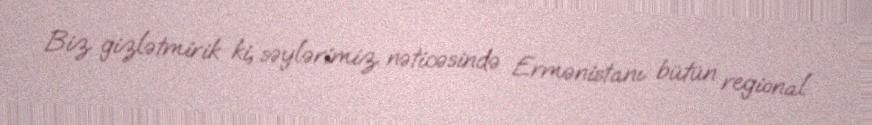
Biz gizlətmirik ki, səylərimiz nəticəsində Ermənistanı bütün regional